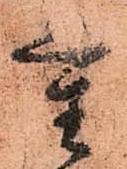
重